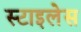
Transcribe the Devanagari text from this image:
स्टाइलेस